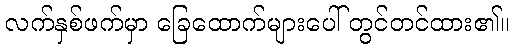
လက်နှစ်ဖက်မှာ ခြေထောက်များပေါ် တွင်တင်ထား၏။